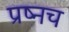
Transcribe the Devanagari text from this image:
प्रष्नच